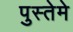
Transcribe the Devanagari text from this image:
पुस्तेमे